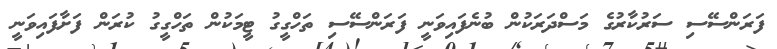
ފަރަންސޭސި ސަރުކާރުގެ މަސްދަރަކުން ބުނެފައިވަނީ ފަރަންސޭސި ތަހްގީގު ޓީމަކުން ތަހްގީގު ކުރަން ފަށާފައިވަނީ